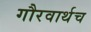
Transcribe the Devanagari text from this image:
गौरवार्थच